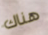
هناك